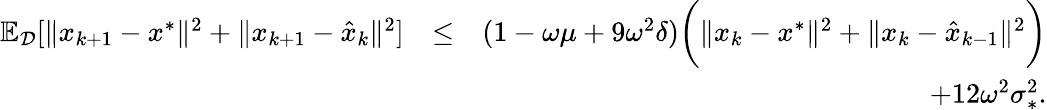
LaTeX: \begin{array}{rlr}{\mathbb{E}_{\mathcal{D}}[\| x_{k+1}-x^{*}\| ^{2}+\| x_{k+1}-\hat{x}_{k}\| ^{2}]}&{\leq}&{(1-\omega\mu+9\omega^{2}\delta)\bigg(\| x_{k}-x^{*}\| ^{2}+\| x_{k}-\hat{x}_{k-1}\| ^{2}\bigg)}\\ &{}&{\quad+12\omega^{2}\sigma_{*}^{2}.}\end{array}